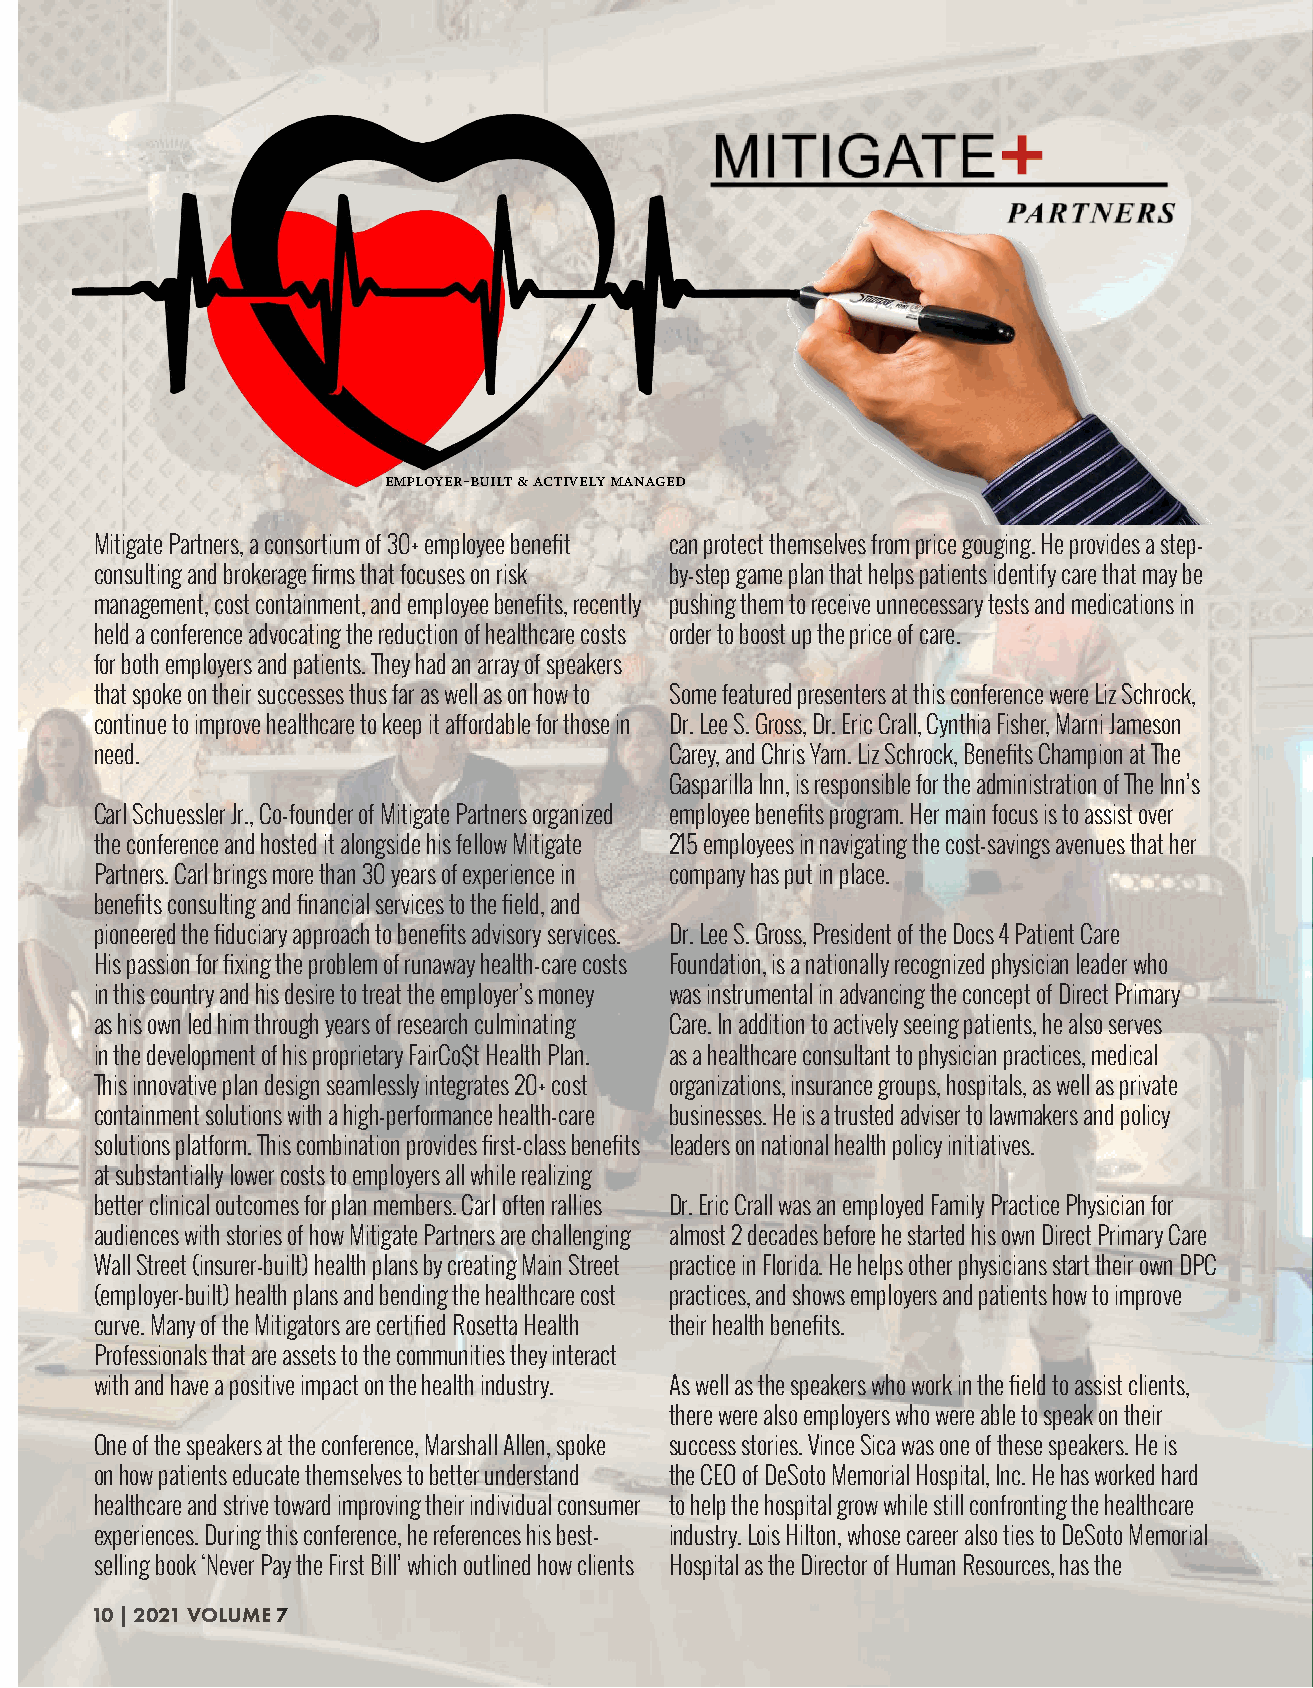
employer-built & actively managed
 Mitigate Partners, a consortium of 30+ employee benefit can protect themselves from price gouging. He provides a step-
 consulting and brokerage firms that focuses on risk by-step game plan that helps patients identify care that may be
 management, cost containment, and employee benefits, recently pushing them to receive unnecessary tests and medications in
 held a conference advocating the reduction of healthcare costs order to boost up the price of care.
 for both employers and patients. They had an array of speakers
 that spoke on their successes thus far as well as on how to Some featured presenters at this conference were Liz Schrock,
 continue to improve healthcare to keep it affordable for those in Dr. Lee S. Gross, Dr. Eric Crall, Cynthia Fisher, Marni Jameson
 need.                                 Carey, and Chris Yarn. Liz Schrock, Benefits Champion at The
 Gasparilla Inn, is responsible for the administration of The Inn’s
 Carl Schuessler Jr., Co-founder of Mitigate Partners organized employee benefits program. Her main focus is to assist over
 the conference and hosted it alongside his fellow Mitigate 215 employees in navigating the cost-savings avenues that her
 Partners. Carl brings more than 30 years of experience in company has put in place.
 benefits consulting and financial services to the field, and
 pioneered the fiduciary approach to benefits advisory services. Dr. Lee S. Gross, President of the Docs 4 Patient Care
 His passion for fixing the problem of runaway health-care costs Foundation, is a nationally recognized physician leader who
 in this country and his desire to treat the employer’s money was instrumental in advancing the concept of Direct Primary
 as his own led him through years of research culminating Care. In addition to actively seeing patients, he also serves
 in the development of his proprietary FairCo$t Health Plan. as a healthcare consultant to physician practices, medical
 This innovative plan design seamlessly integrates 20+ cost organizations, insurance groups, hospitals, as well as private
 containment solutions with a high-performance health-care businesses. He is a trusted adviser to lawmakers and policy
 solutions platform. This combination provides first-class benefits leaders on national health policy initiatives.
 at substantially lower costs to employers all while realizing
 better clinical outcomes for plan members. Carl often rallies Dr. Eric Crall was an employed Family Practice Physician for
 audiences with stories of how Mitigate Partners are challenging almost 2 decades before he started his own Direct Primary Care
 Wall Street (insurer-built) health plans by creating Main Street practice in Florida. He helps other physicians start their own DPC
 (employer-built) health plans and bending the healthcare cost practices, and shows employers and patients how to improve
 curve. Many of the Mitigators are certified Rosetta Health their health benefits.
 Professionals that are assets to the communities they interact
 with and have a positive impact on the health industry. As well as the speakers who work in the field to assist clients,
 there were also employers who were able to speak on their
 One of the speakers at the conference, Marshall Allen, spoke success stories. Vince Sica was one of these speakers. He is
 on how patients educate themselves to better understand the CEO of DeSoto Memorial Hospital, Inc. He has worked hard
 healthcare and strive toward improving their individual consumer to help the hospital grow while still confronting the healthcare
 experiences. During this conference, he references his best- industry. Lois Hilton, whose career also ties to DeSoto Memorial
 selling book ‘Never Pay the First Bill’ which outlined how clients Hospital as the Director of Human Resources, has the
 10 | 2021 VOLUME 7